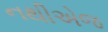
નથીએજ